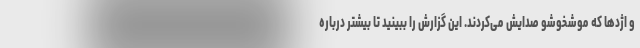
و اژدها که موشخوشو صدایش می‌کردند. این گزارش را ببینید تا بیشتر درباره